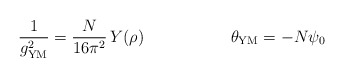
\begin{align*} \frac{1}{g_{\rm YM}^2} = \frac{N}{16 \pi^2} \,Y(\rho) \ \ \ \ \ \ \ \ \ \ \ \ \ \ \ \ \theta_{\rm YM}=-N\psi_0\end{align*}